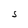
Character: S